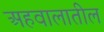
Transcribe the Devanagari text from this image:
अहवालातील